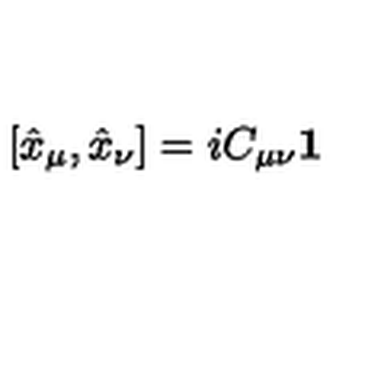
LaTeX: [ \hat { x } _ { \mu } , \hat { x } _ { \nu } ] = i C _ { \mu \nu } { \bf 1 }